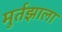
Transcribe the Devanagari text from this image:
मुर्तझाला